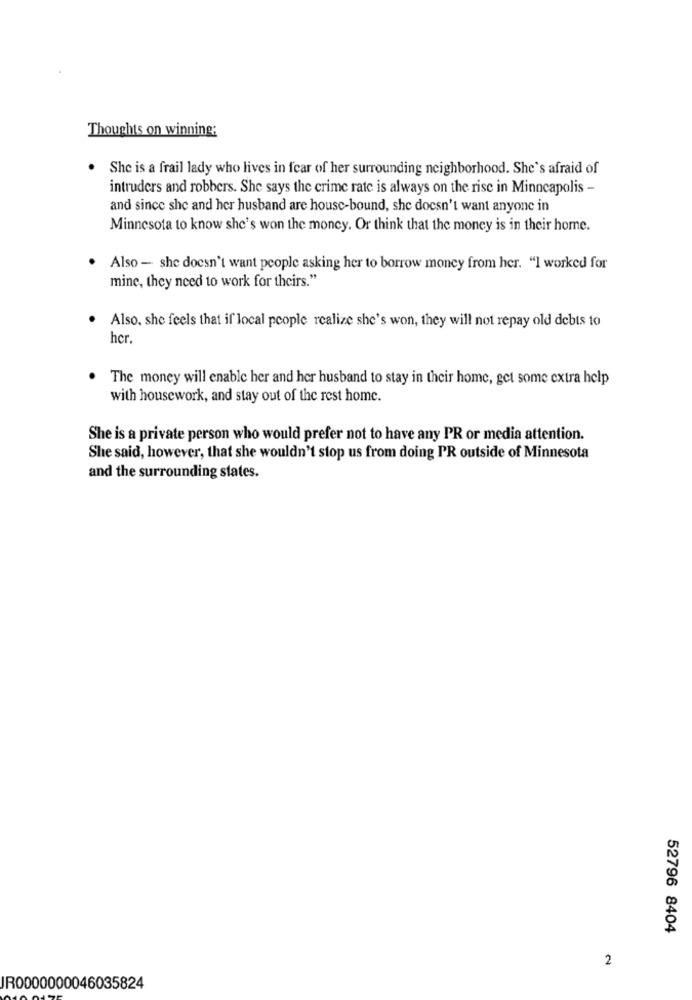
Thoughts on winning:
. She is a frail lady who lives in fear of her surrounding neighborhood. She's afraid of
intruders and robbers. She says the crime rate is always on the rise in Minneapolis -
and since she and her husband are house-bound, she doesn't want anyone in
Minnesota to know she's won the money. Or think that the money is in their home.
Also - she doesn't want people asking her to borrow money from her. "I worked for
mine, they need to work for theirs."
. Also, she feels that if local people realize she's won, they will not repay old debts to
her
.
The money will enable her and her husband to stay in their home, get some extra help
with housework, and stay out of the rest home.
She is a private person who would prefer not to have any PR or media attention.
She said, however, that she wouldn't stop us from doing PR outside of Minnesota
and the surrounding states.
52796 8404
2
JR0000000046035824